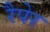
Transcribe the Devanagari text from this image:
रैपेर